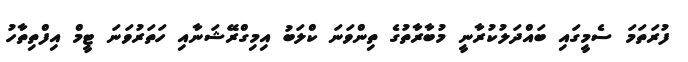
ފުރަތަމަ ސެމީގައި ބައްދަލުކުރާނީ މުބާރާތުގެ ތިންވަނަ ކްލަބު އިމިގްރޭޝަނާއި ހަތަރުވަނަ ޓީމް އިފްތިތާހު